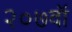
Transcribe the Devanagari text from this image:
२०७वॉ